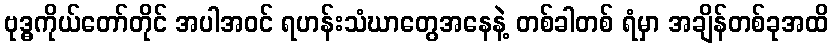
ဗုဒ္ဓကိုယ်တော်တိုင် အပါအဝင် ရဟန်းသံဃာတွေအနေနဲ့ တစ်ခါတစ် ရံမှာ အချိန်တစ်ခုအထိ